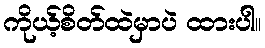
ကိုယ့်စိတ်ထဲမှာပဲ ထားပါ။